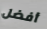
أفضل